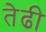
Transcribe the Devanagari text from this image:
तेढी